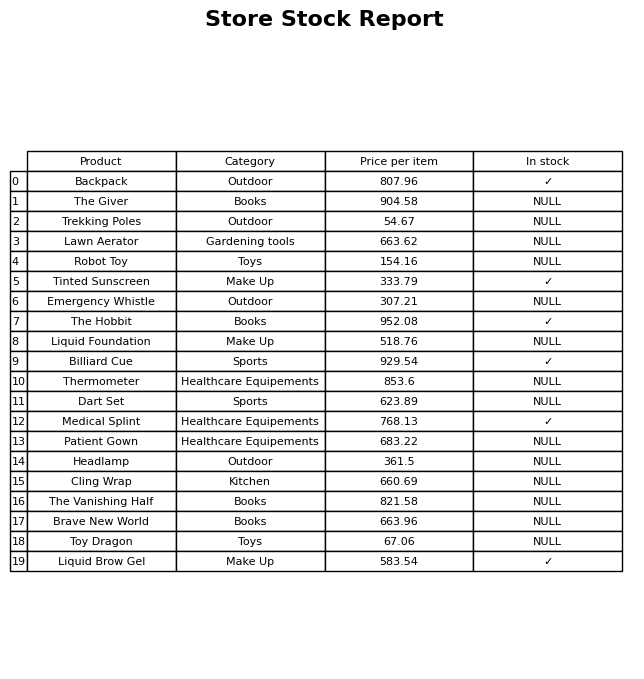
question: What is the price of the Dart Set?
answer: The price of Dart Set is 623.89.